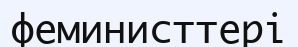
феминисттері